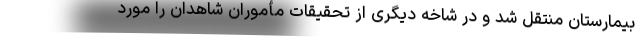
بیمارستان منتقل شد و در شاخه دیگری از تحقیقات مأموران شاهدان را مورد